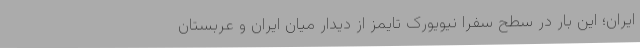
ایران؛ این بار در سطح سفرا نیویورک تایمز از دیدار میان ایران و عربستان